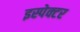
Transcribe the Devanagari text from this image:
इस्पेक्टर